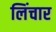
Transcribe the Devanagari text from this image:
लिंचार